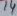
Text: 14